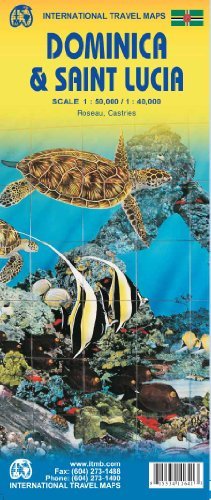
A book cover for By ITMB Publishing LTD Dominica & Saint Lucia Island 1:50,000/1:40,000 ITM (International Travel Maps) (1st First Edition) [Map]; Travel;